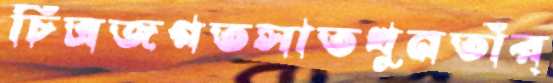
চিত্রজগতসাতখুনতাঁর্